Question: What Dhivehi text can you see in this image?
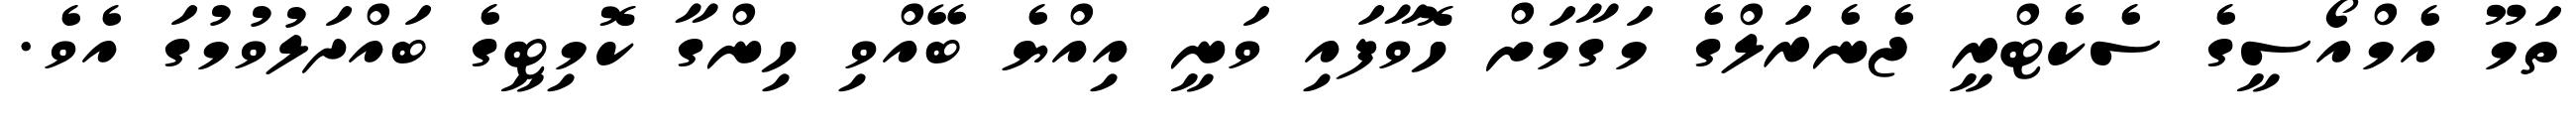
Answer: ތަމޫ އެމްއޯސީގެ ސެކެޓްރީ ޖެނެރަލްގެ މަގާމަށް ހޮވާފައި ވަނީ އިއްޔެ ބޭއްވި ހިންގާ ކޮމިޓީގެ ބައްދަލުވުމުގަ އެވެ.